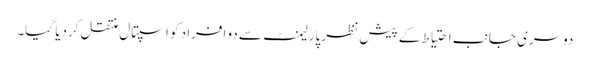
دوسری جانب احتیاط کے پیش نظر پارلیمنٹ سے دو افراد کو اسپتال منتقل کردیا گیا۔